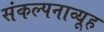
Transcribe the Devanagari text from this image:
संकल्पनाव्यूह